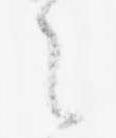
之